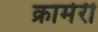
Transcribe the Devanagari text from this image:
क्रामेरी